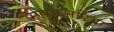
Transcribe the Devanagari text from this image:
मारकेनटिया